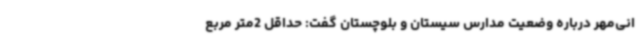
انی‌مهر درباره وضعیت مدارس سیستان و بلوچستان گفت: حداقل 2متر مربع